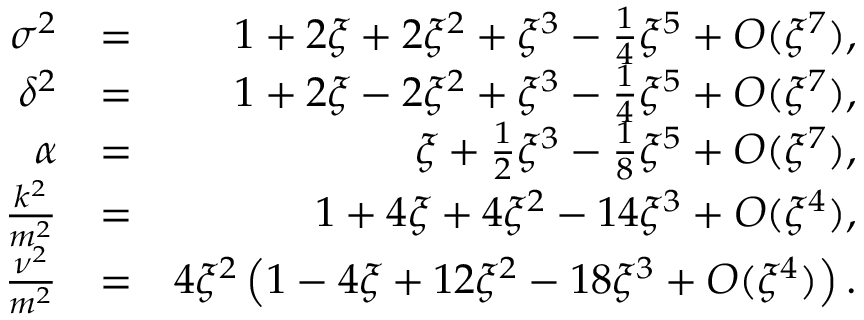
\begin{array} { r l r } { \sigma ^ { 2 } } & { = } & { 1 + 2 \xi + 2 \xi ^ { 2 } + \xi ^ { 3 } - \frac { 1 } { 4 } \xi ^ { 5 } + { \cal O } ( \xi ^ { 7 } ) , } \\ { \delta ^ { 2 } } & { = } & { 1 + 2 \xi - 2 \xi ^ { 2 } + \xi ^ { 3 } - \frac { 1 } { 4 } \xi ^ { 5 } + { \cal O } ( \xi ^ { 7 } ) , } \\ { \alpha } & { = } & { \xi + \frac { 1 } { 2 } \xi ^ { 3 } - \frac { 1 } { 8 } \xi ^ { 5 } + { \cal O } ( \xi ^ { 7 } ) , } \\ { \frac { k ^ { 2 } } { m ^ { 2 } } } & { = } & { 1 + 4 \xi + 4 \xi ^ { 2 } - 1 4 \xi ^ { 3 } + { \cal O } ( \xi ^ { 4 } ) , } \\ { \frac { \nu ^ { 2 } } { m ^ { 2 } } } & { = } & { 4 \xi ^ { 2 } \left( 1 - 4 \xi + 1 2 \xi ^ { 2 } - 1 8 \xi ^ { 3 } + { \cal O } ( \xi ^ { 4 } ) \right) . } \end{array}